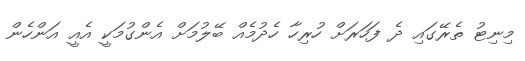
މިނިޓު ތެރޭގައި ދެ ފަހަރަށް ހުރިހާ ހެދުމެއް ބޭލުމަށް އެންގުމަކީ އެއީ އަންހެން